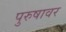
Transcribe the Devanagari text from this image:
पुरुषावर